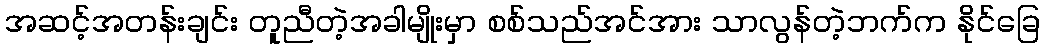
အဆင့်အတန်းချင်း တူညီတဲ့အခါမျိုးမှာ စစ်သည်အင်အား သာလွန်တဲ့ဘက်က နိုင်ခြေ